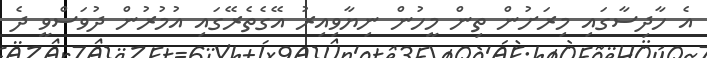
އެ ހާދިސާގައި މިރަށުން ތިން މީހުން ނިޔާވިއިރު އޭގެތެރޭގައި އުމުރުން ދުވަސްވީ ދެ